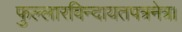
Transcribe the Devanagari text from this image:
फुल्लारविन्दायतपत्रनेत्र।